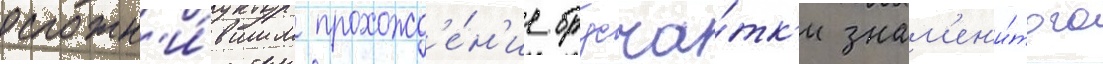
осложн'и́вшим прохожд'е́н'ие брусча́тк'и знам'ен'и́того